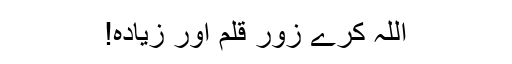
اللہ کرے زورِ قلم اور زیادہ!